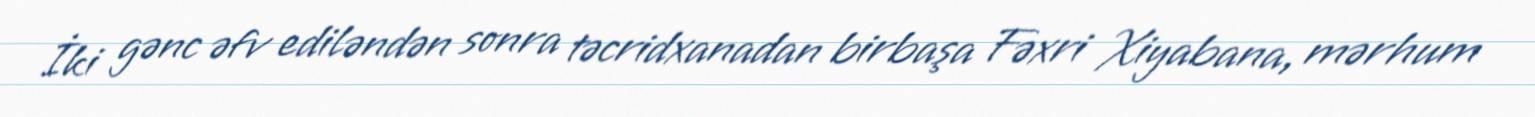
İki gənc əfv ediləndən sonra təcridxanadan birbaşa Fəxri Xiyabana, mərhum